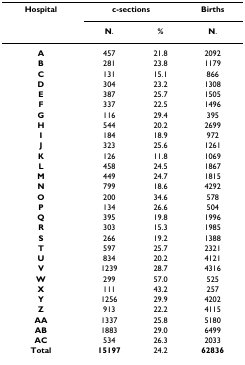
<table><thead><tr><td><b>Hospital</b></td><td colspan="2"><b>c-sections</b></td><td><b>Births</b></td></tr><tr><td>[EMPTY_CELL]</td><td><b>N.</b></td><td><b>%</b></td><td><b>N.</b></td></tr></thead><tbody><tr><td><b>A</b></td><td>457</td><td>21.8</td><td>2092</td></tr><tr><td><b>B</b></td><td>281</td><td>23.8</td><td>1179</td></tr><tr><td><b>C</b></td><td>131</td><td>15.1</td><td>866</td></tr><tr><td><b>D</b></td><td>304</td><td>23.2</td><td>1308</td></tr><tr><td><b>E</b></td><td>387</td><td>25.7</td><td>1505</td></tr><tr><td><b>F</b></td><td>337</td><td>22.5</td><td>1496</td></tr><tr><td><b>G</b></td><td>116</td><td>29.4</td><td>395</td></tr><tr><td><b>H</b></td><td>544</td><td>20.2</td><td>2699</td></tr><tr><td><b>I</b></td><td>184</td><td>18.9</td><td>972</td></tr><tr><td><b>J</b></td><td>323</td><td>25.6</td><td>1261</td></tr><tr><td><b>K</b></td><td>126</td><td>11.8</td><td>1069</td></tr><tr><td><b>L</b></td><td>458</td><td>24.5</td><td>1867</td></tr><tr><td><b>M</b></td><td>449</td><td>24.7</td><td>1815</td></tr><tr><td><b>N</b></td><td>799</td><td>18.6</td><td>4292</td></tr><tr><td><b>O</b></td><td>200</td><td>34.6</td><td>578</td></tr><tr><td><b>P</b></td><td>134</td><td>26.6</td><td>504</td></tr><tr><td><b>Q</b></td><td>395</td><td>19.8</td><td>1996</td></tr><tr><td><b>R</b></td><td>303</td><td>15.3</td><td>1985</td></tr><tr><td><b>S</b></td><td>266</td><td>19.2</td><td>1388</td></tr><tr><td><b>T</b></td><td>597</td><td>25.7</td><td>2321</td></tr><tr><td><b>U</b></td><td>834</td><td>20.2</td><td>4121</td></tr><tr><td><b>V</b></td><td>1239</td><td>28.7</td><td>4316</td></tr><tr><td><b>W</b></td><td>299</td><td>57.0</td><td>525</td></tr><tr><td><b>X</b></td><td>111</td><td>43.2</td><td>257</td></tr><tr><td><b>Y</b></td><td>1256</td><td>29.9</td><td>4202</td></tr><tr><td><b>Z</b></td><td>913</td><td>22.2</td><td>4115</td></tr><tr><td><b>AA</b></td><td>1337</td><td>25.8</td><td>5180</td></tr><tr><td><b>AB</b></td><td>1883</td><td>29.0</td><td>6499</td></tr><tr><td><b>AC</b></td><td>534</td><td>26.3</td><td>2033</td></tr><tr><td><b>Total</b></td><td><b>15197</b></td><td>24.2</td><td><b>62836</b></td></tr></tbody></table>